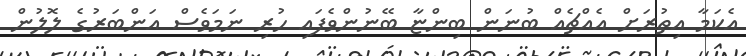
އެކަމާ އިތުރަށް އެއްޗެއް ބުނަން ބިންޏާ ބޭނުންވެފައި ހުރި ނަމަވެސް އަންބަރުގެ ލޮލުން